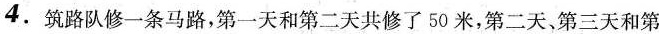
4. 筑路队修一条马路，第一天和第二天共修了 50 米，第二天，第三天和第